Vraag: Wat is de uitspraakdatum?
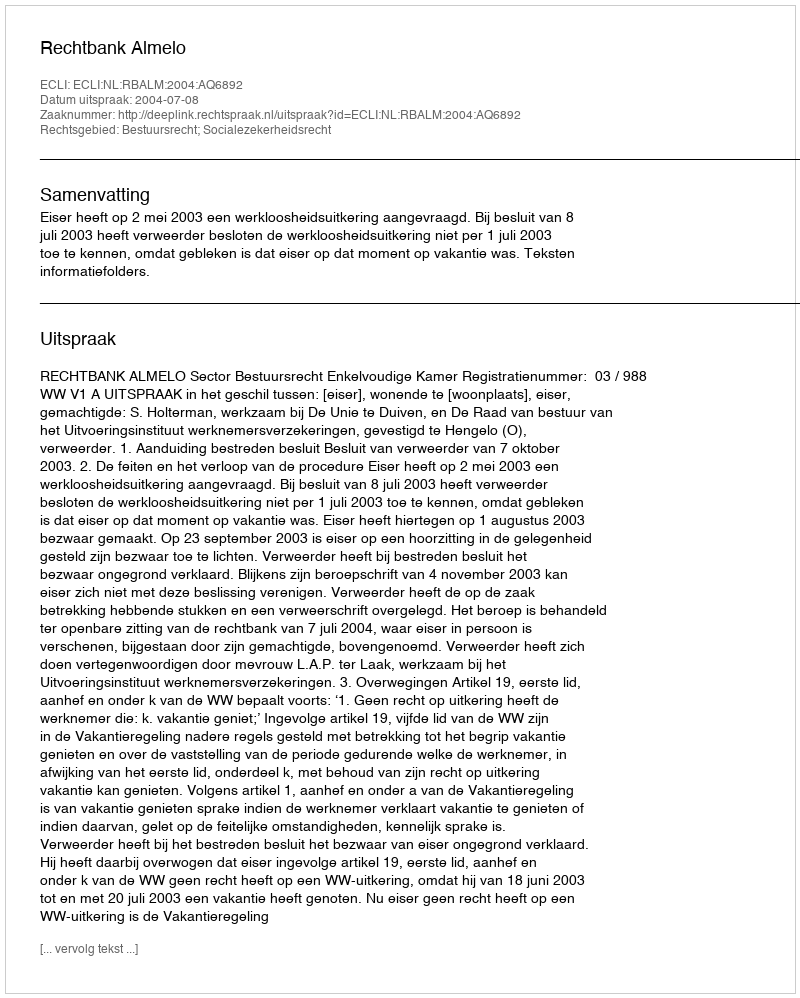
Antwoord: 2004-07-08